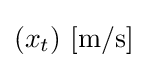
(x_{t})\ \mathrm {[m/s]}